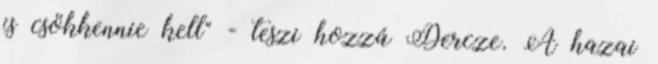
is csökkennie kell" - teszi hozzá Dercze. A hazai